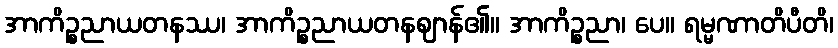
အာကိဉ္စညာယတနဿ၊ အာကိဉ္စညာယတနဈာန်၏။ အာကိဉ္စညာ၊ ပေ။ ရမ္မဏာတိပီတိ၊